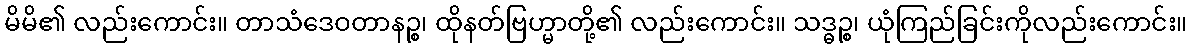
မိမိ၏ လည်းကောင်း။ တာသံဒေဝတာနဉ္စ၊ ထိုနတ်ဗြဟ္မာတို့၏ လည်းကောင်း။ သဒ္ဓဉ္စ၊ ယုံကြည်ခြင်းကိုလည်းကောင်း။